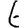
Digit: 6